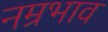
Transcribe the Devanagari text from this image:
नम्रभाव